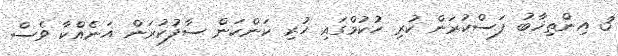
3 އިންތިޚާބު ފަސްކުރަން ކުރި ހުކުމްގައި ހުރި ކަންކަން ސާފުކުރަން އަނެއްކާ ވެސް